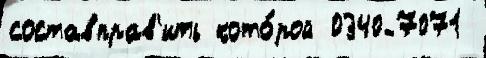
составправ'ить кото́рой 0340-7071